Vital statistics of India. Vol. IV, Annual returns from 1871 to 1876. British Army of India, Native Army and jails of Bengal
Year: 1871
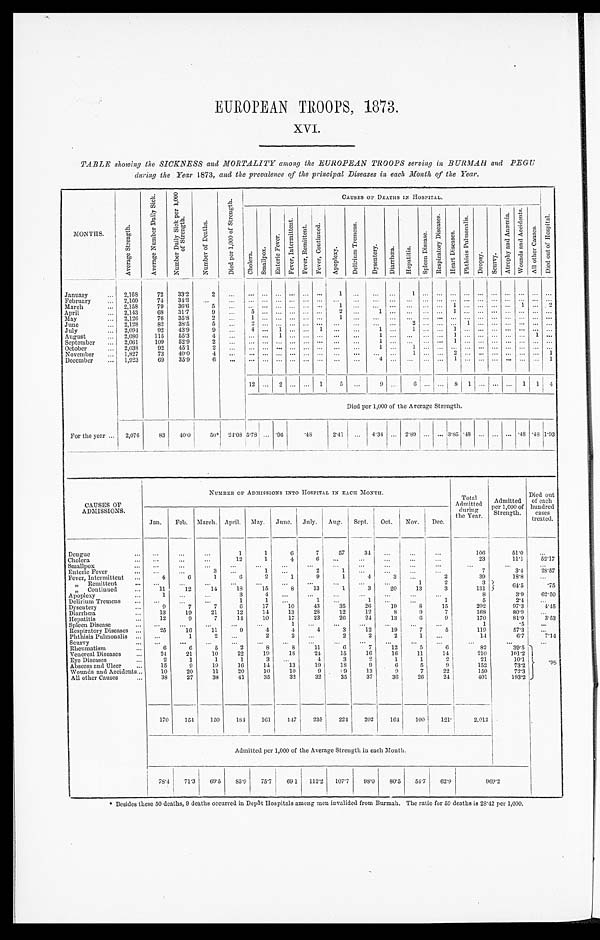
EUROPEAN TROOPS, 1873.
XVI.
TABLE showing the SICKNESS and MORTALITY among the EUROPEAN TROOPS serving in BURMAH and PEGU
during the Year 1873, and the prevalence of the principal Diseases in each Month of the Year.
MONTHS.
A v e r a g e S t r e n g t h .
A v e r a g e N u m b e r D a i l y S i c k .
N u m b e r D a i l y S i c k p e r 1 , 0 0 0 o f S t r e n g t h .
N u m b e r o f D e a t h s .
D i e d p e r 1 , 0 0 0 o f S t r e n g t h .
C A U S E S O F D E A T H S I N H O S P I T A L .
C h o l e r a . S m a l l p o x .
E n t e r i c F e v e r .
F e v e r , I n t e r m i t t e n t .
F e v e r , R e m i t t e n t . F e v e r , C o n t i n u e d .
A p o p l e x y .
D e l i r i u m T r e m e n s .
D y s e n t e r y .
D i a r r h œ a . H e p a t i t i s .
S p l e e n D i s e a s e .
R e s p i r a t o r y D i s e a s e s .
H e a r t D i s e a s e s .
P h t h i s i s P u l m o n a l i s .
D r o p s y .
S c u r v y .
A t r o p h y a n d A n æ m i a .
W o u n d a n d A c c i d e n t s . A l l o t h e r C a u s e s .
D i e d o u t o f H o s p i t a l .
January . . .
2 , 1 6 8
72 33.2
2
. . .
. . . . . . . . . . . . . . . . . .
1
. . .
. . . . . .
1 . . .
. . . . . . . . . . . . . . . . . . . . .
. . . . . .
February
. . . 2,160
74 34.3 . . .
. . .
. . . . . . . . . . . . . . . . . . . . . . . .
. . . . . . . . .
. . . . . . . . . . . . . . .
. . . . . . . . . . . . . . .
2,158
79 36.6
5
. . . . . . . . . . . . . . . . . . . . .
1 . . .
. . . . . . . . .
. . . . . . 1 . . . . . . . . . . . . 1 . . . 2
March . . .
31.7
9
. . . 5
. . . . . . . . . . . . . . . 2
. . . 1 . . .
. . .
. . . . . . 1 . . . . . . . . . . . . . . . . . . . . .
April . . .
2,143
68
76 35.8
2 . . .
1
. . . . . . . . . . . . . . . 1
. . .
. . . . . . . . .
. . . . . . . . . . . . . . . . . . . . . . . . . . . . . .
May . . .
2,126
2,128
82 38.5
5
. . . 2
. . . . . . . . . . . . . . . . . .
. . .
. . .
. . . 2 . . . . . . . . . 1 . . . . . . . . . . . . . . . . . .
June
. . . 2,094
92 43.9
9
. . . 4
. . . 1
. . . . . . 1
. . . . . .
1 . . .
1 . . . . . . 1 . . . . . . . . . . . . . . . . . . . . .
July . . .
August . . .
2,080
115 55.3
4 . . . . . . . . . 1 . . . . . . . . .
. . . . . .
1 . . .
. . . . . . . . . 1 . . . . . . . . . . . . . . . 1 . . .
September . . .
2,061
109 52.9
2
. . . . . . . . . . . . . . . . . . . . . . . .
. . .
1 . . .
. . . . . . . . . 1
. . . . . . . . . . . . . . . . . . . . .
October . . .
2,038
92 45.1
2 . . . . . . . . . . . . . . . . . . . . . . . .
. . .
1 . . .
1 . . . . . . . . . . . . . . . . . . . . . . . . . . . . . .
November . . . 1,827
73 40.0
4
. . . . . . . . . . . . . . . . . . . . .
. . . . . .
. . . . . .
1 . . . . . . 2 . . . . . . . . . . . . . . . . . . 1
December . . . 1,923
69 35.9
6 . . . . . . . . . . . .
. . . . . .
. . . . . .
. . .
4
. . .
. . . . . . . . . 1
. . . . . . . . . . . .. . . . . .
1
12 . . . 2 . . . . . . 1
5 . . .
9 . . .
6 . . .
. . .
8
1 . . . . . . . . . 1 1
4
Died per 1,000 of the Average Strength.
For the year . . . 2,076
83 40.0
50*
2 4 . 0 8 5.78 . . . .96
.48
2.41
. . .
4.34 . . . 2.89 . . . . . . 3.85 . 4 8 . . . . . . . . . .48 .48 1. 93
CAUSES OF
ADMI SSI ONS.
NUMBER OF ADMISSIONS INTO HOSPITAL IN EACH MONTH.
Total
Admitted duri ng t he Year. Admitted
per 1,000 of
Strength.
Died out
of each
hundred
cases
treated.
Jan. Feb. March. April. May. June. July. Aug. Sept. Oct. Nov. Dec.
Dengue . . .
. . . . . .
. . .
1
1
6
7
57
34 . . .
. . .
. . .
106
51.0
. . .
1
4
6
. . . . . .
. . . . . .
. . .
23
11.1
52. 17
Cholera . . . . . .
. . .
. . .
12
Smallpox . . . . . .
. . .
. . .
. . .
. . .
. . .
. . .
. . . . . .
. . .
. . .
. . .
. . . . . .
. . .
3
2
1
. . . . . .
. . .
. . .
7
3.4 28. 57
Enteric Fever . . . . . .
. . .
. . .
1 . . .
Fever, Intermittent . . .
4
6
1
6
2
1
9
1
4
3
. . .
2
39
18.8
. . .
" Remittent . . . . . .
. . . . . .
. . .
. . .
. . .
. . .
. . .
. . . . . .
1
2
3 6 4 . 5
.75
11
12
14
18
15
8
13
1
3 20
13
3
131
" C o n t i n u e d . . .
1 . . .
. . .
3
4
. . . . . .
. . .
. . . . . .
. . .
. . .
8
3.962.50
Apoplexy . . .
1
1
. . .
1
. . .
1
. . .
. . .
1
5
2.4
. . .
Delirium Tremens . . .
. . . . . .
. . .
Dysentery . . .
9
7
7
6
17
10
43
35
26
19
8
15
202
97.3
4 . 4 5
13
19
21
12
14
13
28
12
12
8
9
7
168
80.9
. . .
Diarrhoea . . .
Hepatitis . . .
12
9
7
14
10
17
23
26
24
13
6
9
170
81.9
3.53
Spleen Disease . . .
. . .
. . .
. . . . . .
. . .
1
. . .
. . . . . .
. . .
. . .
. . .
1
.5
. . .
25
1 6 11
9
4
4
4
3
12
19
7
5
119
57.3
Respiratory Diseases . . .
. . .
Phthisis Pulmonalis . . . . . .
1
2 . . .
2
2
. . .
2
2
2
1
. . .
14
6.7
7.14
Scurvy . . . . . .
. . .
. . .
. . . . . .
. . .
. . .
. . . . . .
. . .
. . .
. . .
. . .
. . .
. . .
6
6
5
2
8
8
11
6
7
12
5
6
82
39.5 .98
Rheumatism . . .
Venereal Diseases . . .
24
21
10
22
19
18
24
15
16
16
11
14
210
101.2
Eye Diseases . . .
2
1
1
1
3
. . .
4
3
2
1
1
2
21
10.1
Abscess and Ulcer . . .
15
9
19
16
14
13
19
18
9
6
5
9
152
73.2
Wounds and Accidents . . .
10
20
11
20
10
10
9
9
13
9
7
22
150
72.3
All other Causes
. . .
38
27
38
41
35
32
32
35
37
36
26
24
401
193.2
170
154
150
184
161
147
235
224
202
164
100
121
2,012
Admitted per 1,000 of the Average Strength in each Month.
78.4 71.3 69.5 85.9 75.7 691 112.2 107.7 98.0 80.5 54.7 62.9
9 6 9 . 2
* Besides these 50 deaths, 9 deaths occurred in Depôt Hospitals among men invalided from Burmah. The ratio for 59 deaths is 28.42 per 1,000.